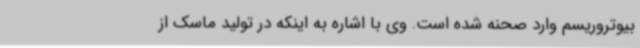
بیوتروریسم وارد صحنه شده است. وی با اشاره به اینکه در تولید ماسک از